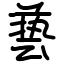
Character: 兿